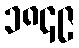
၁၈၄၉